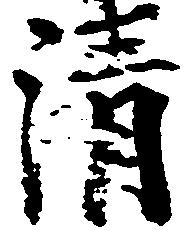
清